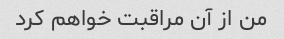
من از آن مراقبت خواهم کرد